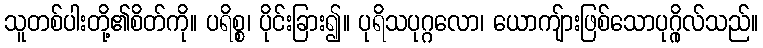
သူတစ်ပါးတို့၏စိတ်ကို။ ပရိစ္စ၊ ပိုင်းခြား၍။ ပုရိသပုဂ္ဂလော၊ ယောကျ်ားဖြစ်သောပုဂ္ဂိုလ်သည်။